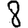
Digit: 8